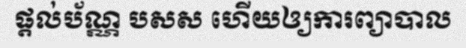
ផ្តល់ប័ណ្ណ បសស ហើយឲ្យការព្យាបាល